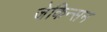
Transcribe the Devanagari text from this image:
जेकिन्सन